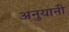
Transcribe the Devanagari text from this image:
अनुयानी